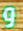
و